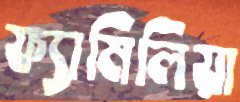
ফ্যামিলিয়া